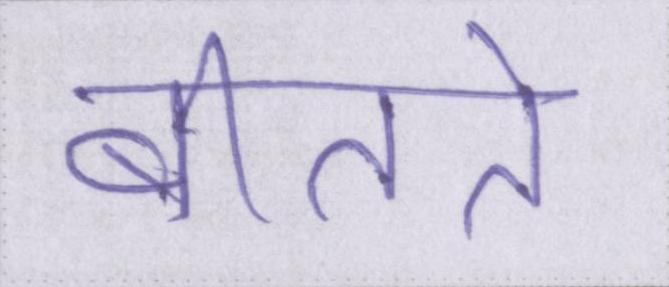
बीतते